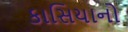
કાસિયાનો